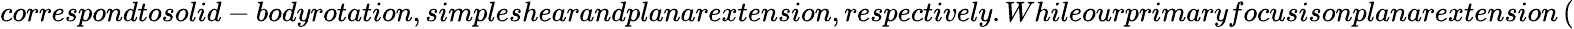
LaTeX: correspondtosolid-bodyrotation,simpleshearandplanarextension,respectively.Whileourprimaryfocusisonplanarextension\, (